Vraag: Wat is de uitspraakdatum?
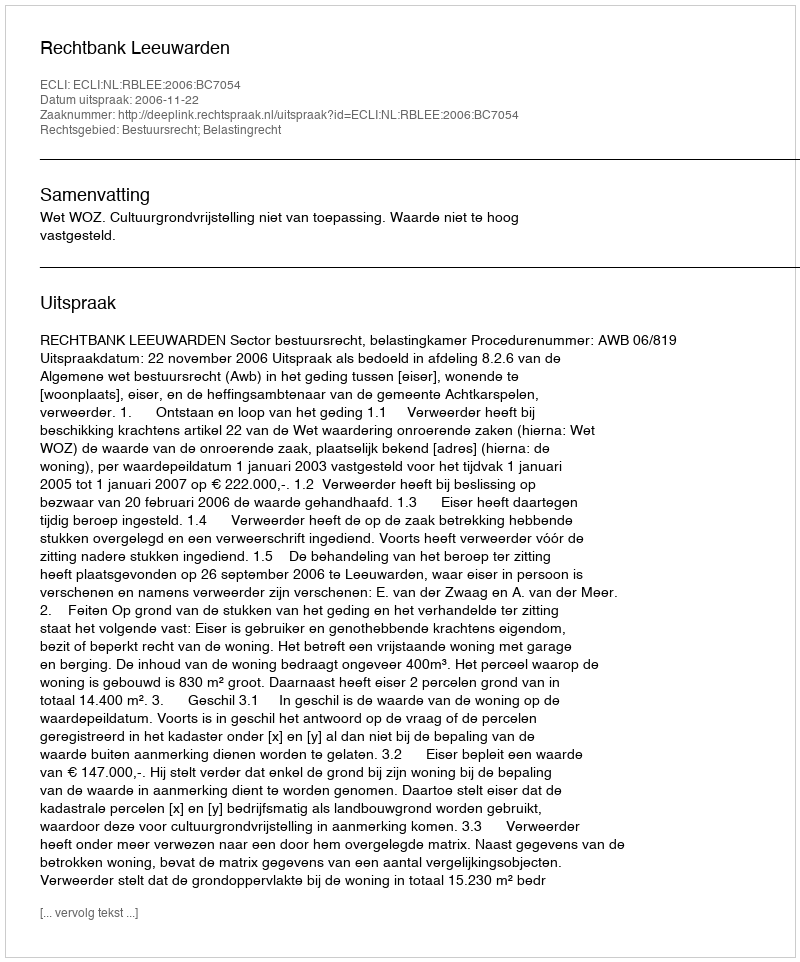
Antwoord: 2006-11-22